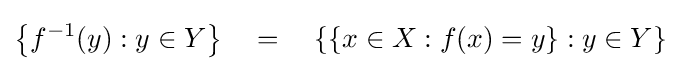
\left\{f^{-1}(y)\mathrel {:} y\in Y\right\}\quad =\quad \left\{\left\{x\in X\mathrel {:} f(x)=y\right\}\mathrel {:} y\in Y\right\}